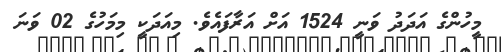
މީހުންގެ އަދަދު ވަނީ 1524 އަށް އަރާފައެވެ. މިއަދަކީ މިމަހުގެ 02 ވަނަ